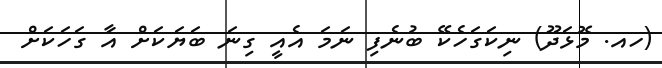
(ހއ. މޮޅަދޫ) ނިކަގަހެކޭ ބުނެފި ނަމަ އެއީ ގިނަ ބަޔަކަށް އާ ގަހަކަށް